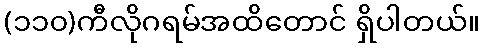
(၁၁၀)ကီလိုဂရမ်အထိတောင် ရှိပါတယ်။